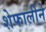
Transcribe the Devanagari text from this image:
शेफालीने